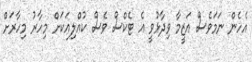
އެހެން ނަމަވެސް އަޒީމާ ވިދާޅުވީ އެ ޓެކްސް ވެސް ކުއްލިއަކަށް މިހާރު މިހާރަށް